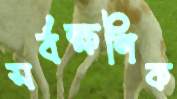
সর্বক্ষণিক